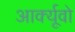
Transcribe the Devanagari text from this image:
आर्क्यूवो